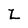
Character: Z